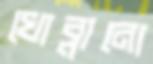
খোব্‌লানো